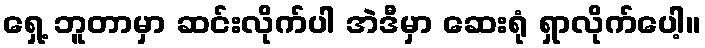
ရှေ့ ဘူတာမှာ ဆင်းလိုက်ပါ အဲဒီမှာ ဆေးရုံ ရှာလိုက်ပေါ့။